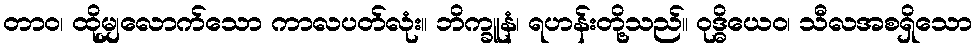
တာဝ၊ ထိုမျှလောက်သော ကာလပတ်လုံး။ ဘိက္ခူနံ၊ ရဟန်းတို့သည်။ ဝုဒ္ဓိယေဝ၊ သီလအစရှိသော